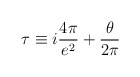
\begin{align*}\tau \equiv i \frac {4 \pi}{e^{2}} + \frac {\theta}{2 \pi}\end{align*}